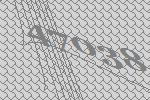
47038